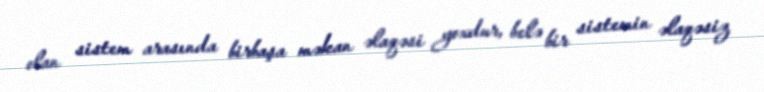
olan sistem arasında birbaşa məkan əlaqəsi yoxdur, belə bir sistemin əlaqəsiz